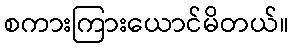
စကားကြားယောင်မိတယ်။